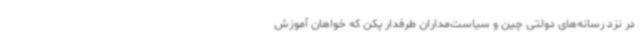
در نزد رسانه‌های دولتی چین و سیاست‌مداران طرفدار پکن که خواهان آموزش